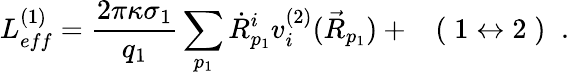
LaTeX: L_{eff}^{(1)}=\frac{2\pi\kappa\sigma_{1}}{q_{1}}\sum_{p_{1}}\dot{R}_{p_{1}}^{i}v_{i}^{(2)}(\vec{R}_{p_{1}})+\; \; \; (\; 1\leftrightarrow 2\; )\; \; .